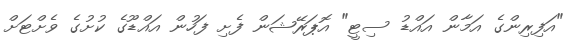
"އަފިރިންގެ އަމާން އައްޑު ސިޓީ" އޮޕަރޭޝަން ފެށި ފަހުން އައްޑޫގެ ކުށުގެ ވެށްޓަށް